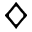
\diamondsuit